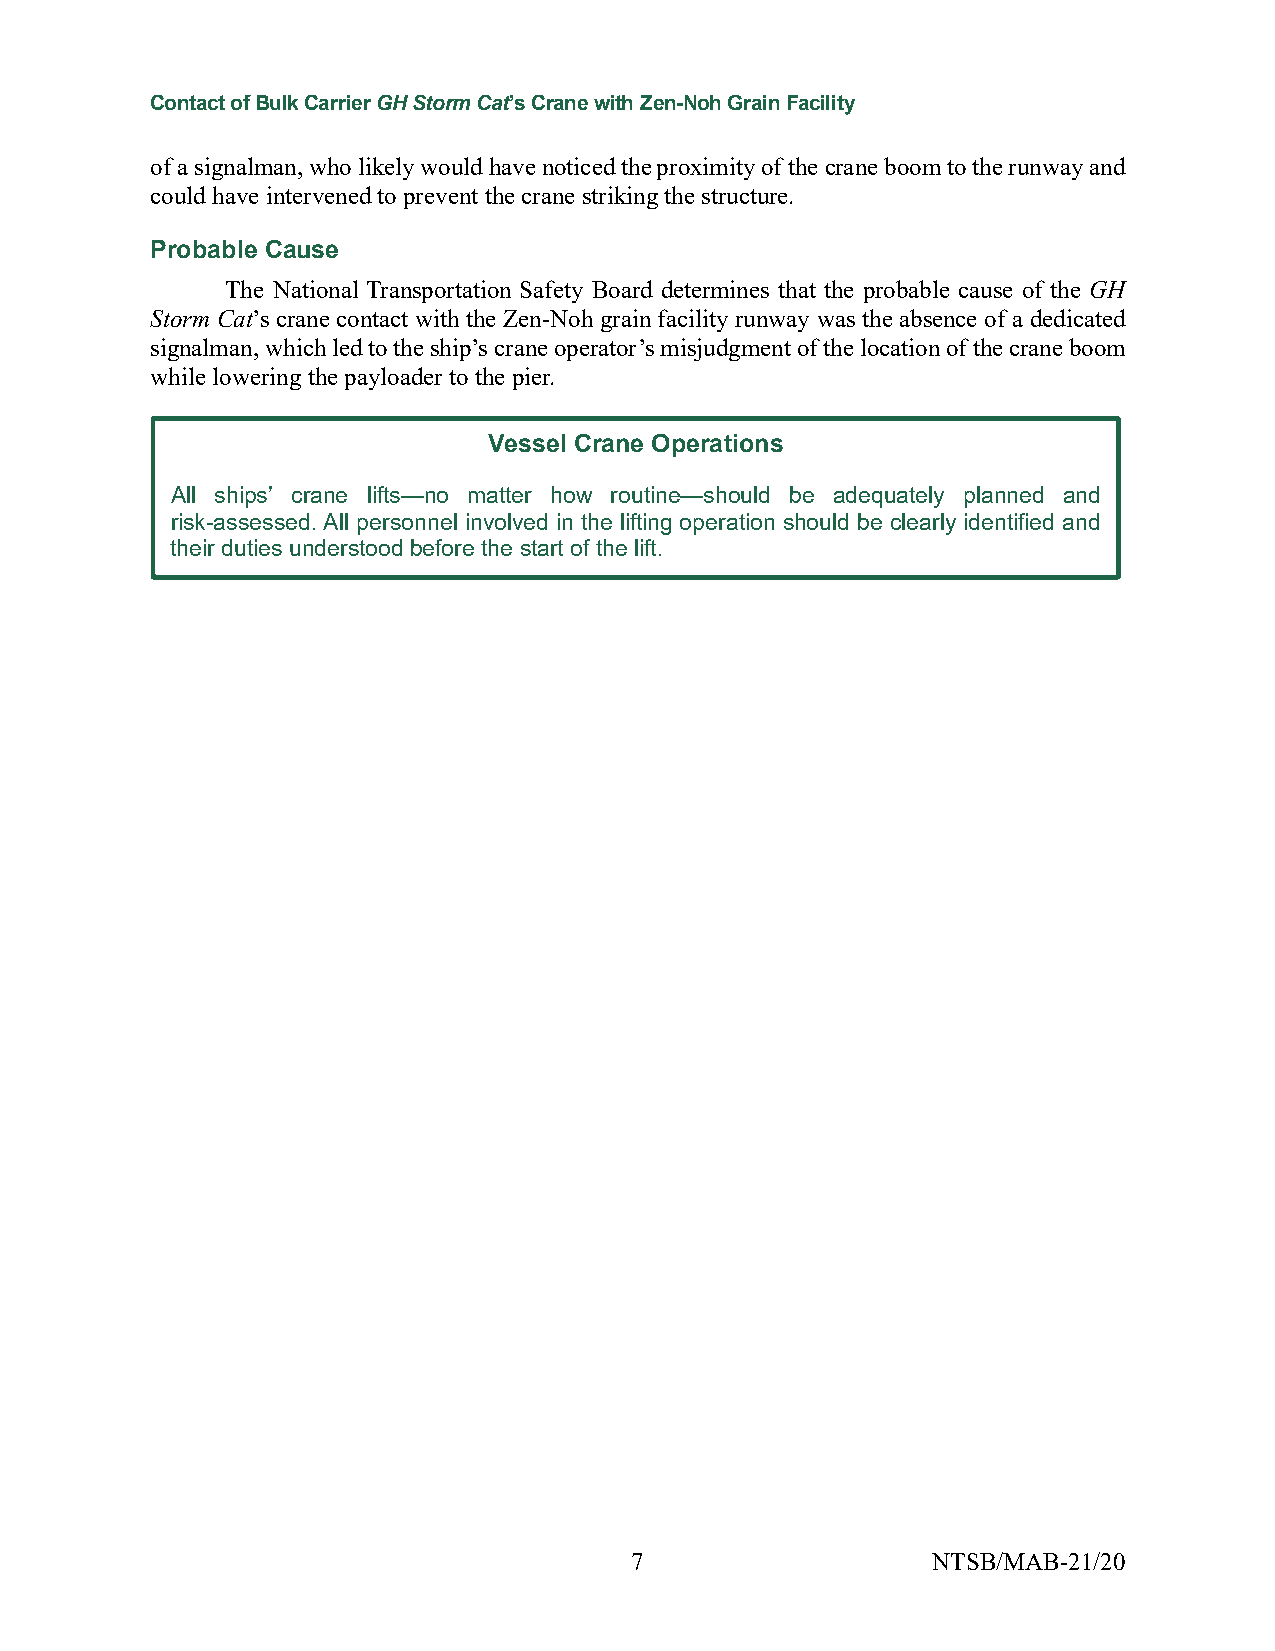
Contact of Bulk Carrier GH Storm Cat’s Crane with Zen-Noh Grain Facility
 of a signalman, who likely would have noticed the proximity of the crane boom to the runway and
 could have intervened to prevent the crane striking the structure.
 Probable Cause
 The National Transportation Safety Board determines that the probable cause of the GH
 Storm Cat’s crane contact with the Zen-Noh grain facility runway was the absence of a dedicated
 signalman, which led to the ship’s crane operator’s misjudgment of the location of the crane boom
 while lowering the payloader to the pier.
 Vessel Crane Operations
 All ships’ crane lifts—no matter how routine—should be adequately planned and
 risk-assessed. All personnel involved in the lifting operation should be clearly identified and
 their duties understood before the start of the lift.
 7                   NTSB/MAB-21/20